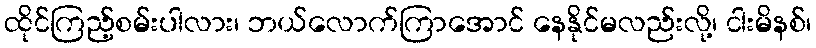
ထိုင်ကြည့်စမ်းပါလား၊ ဘယ်လောက်ကြာအောင် နေနိုင်မလည်းလို့၊ ငါးမိနစ်၊